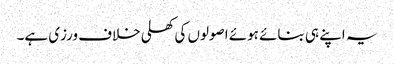
یہ اپنے ہی بنائے ہوئے اصولوں کی کھلی خلاف ورزی ہے۔